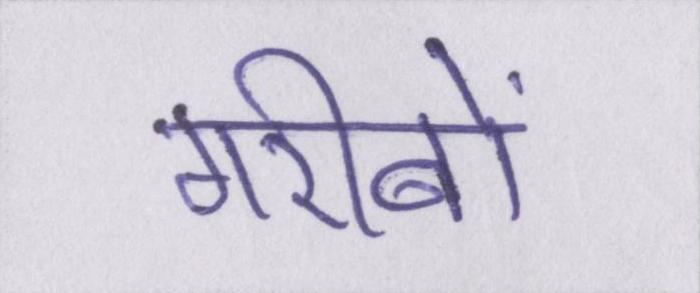
गरीबों